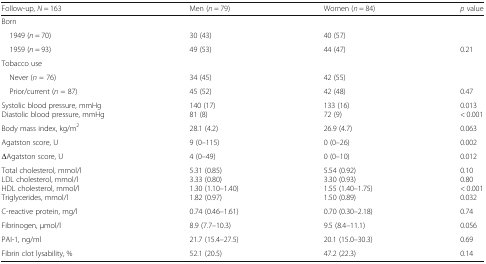
| Follow-up, N = 163 | Men (n = 79) | Women (n = 84) | p value |
 | --- | --- | --- | --- |
 | <COLSPAN=4> Born |
 | 1949 (n = 70) | 30 (43) | 40 (57) |  |
 | 1959 (n = 93) | 49 (53) | 44 (47) | 0.21 |
 | <COLSPAN=4> Tobacco use |
 | Never (n = 76) | 34 (45) | 42 (55) |  |
 | Prior/current (n = 87) | 45 (52) | 42 (48) | 0.47 |
 | Systolic blood pressure, mmHgDiastolic blood pressure, mmHg | 140 (17)81 (8) | 133 (16)72 (9) | 0.013< 0.001 |
 | Body mass index, kg/m2 | 28.1 (4.2) | 26.9 (4.7) | 0.063 |
 | Agatston score, U | 9 (0–115) | 0 (0–26) | 0.002 |
 | ΔAgatston score, U | 4 (0–49) | 0 (0–10) | 0.012 |
 | Total cholesterol, mmol/lLDL cholesterol, mmol/lHDL cholesterol, mmol/lTriglycerides, mmol/l | 5.31 (0.85)3.33 (0.80)1.30 (1.10–1.40)1.82 (0.97) | 5.54 (0.92)3.30 (0.93)1.55 (1.40–1.75)1.50 (0.89) | 0.100.80< 0.0010.032 |
 | C-reactive protein, mg/l | 0.74 (0.46–1.61) | 0.70 (0.30–2.18) | 0.74 |
 | Fibrinogen, μmol/l | 8.9 (7.7–10.3) | 9.5 (8.4–11.1) | 0.056 |
 | PAI-1, ng/ml | 21.7 (15.4–27.5) | 20.1 (15.0–30.3) | 0.69 |
 | Fibrin clot lysability, % | 52.1 (20.5) | 47.2 (22.3) | 0.14 |